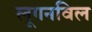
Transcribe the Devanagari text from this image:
लूगनविल